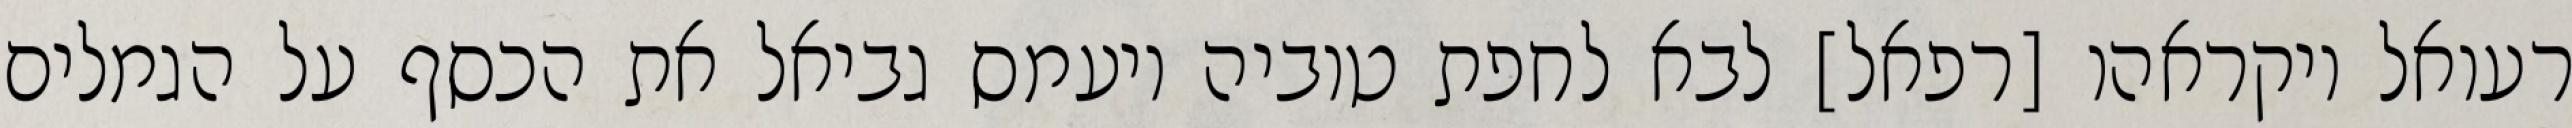
רעואל ויקראהו [רפאל] לבא לחפת טוביה ויעמס גביאל את הכסף על הגמלים